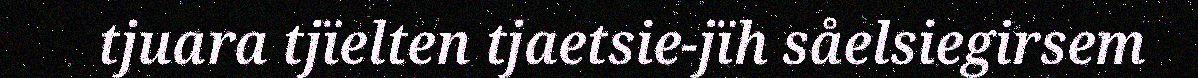
tjuara tjïelten tjaetsie-jïh såelsiegirsem